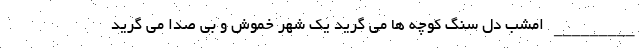
_________ امشب دل سنگ کوچه ها می گرید یک شهر خموش و بی صدا می گرید